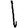
Digit: 1